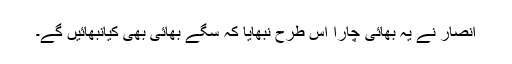
انصار نے یہ بھائی چارا اس طرح نبھایا کہ سگے بھائی بھی کیانبھائیں گے۔